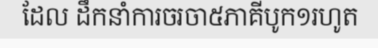
ដែល ដឹកនាំការចរចា៥ភាគីបូក១រហូត